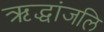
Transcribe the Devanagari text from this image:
ऋद्धांजलि